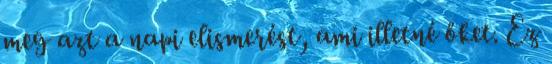
meg azt a napi elismerést, ami illetné őket. Ez